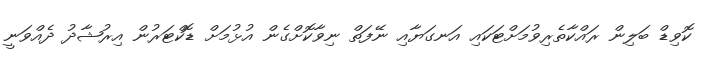
ކޮވިޑް ބަލިން ރައްކާތެރިވުމަށްޓަކައި އަނގަޔާއި ނޭފަތް ނިވާކޮށްގެން އުޅުމަށް ޑޮކްޓަރުން އިރުޝާދު ދެއްވަނީ